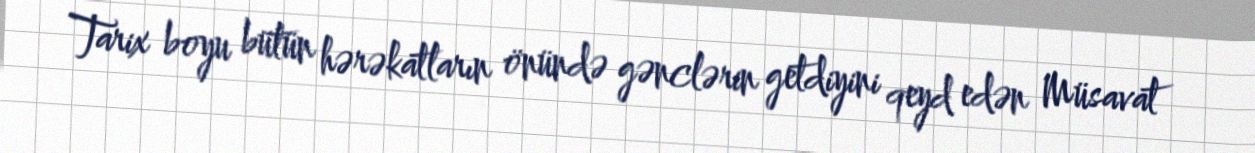
Tarix boyu bütün hərəkatların önündə gənclərin getdiyini qeyd edən Müsavat